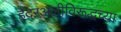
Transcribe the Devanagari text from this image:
हैदरअलीविरूद्धच्या